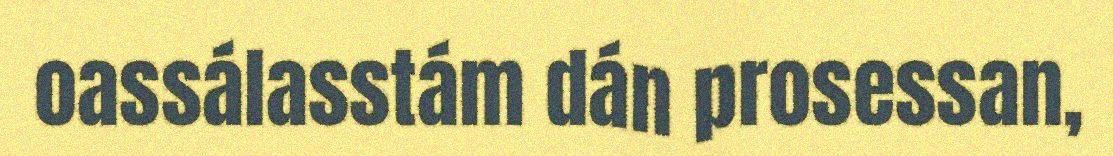
oassálasstám dán prosessan,